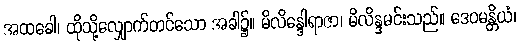
အထခေါ၊ ထိုသို့လျှောက်တင်သော အခါ၌။ မိလိန္ဒေါရာဇာ၊ မိလိန္ဒမင်းသည်။ ဒေဝမန္တိယံ၊